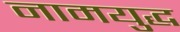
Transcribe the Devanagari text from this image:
नामयुद्ध